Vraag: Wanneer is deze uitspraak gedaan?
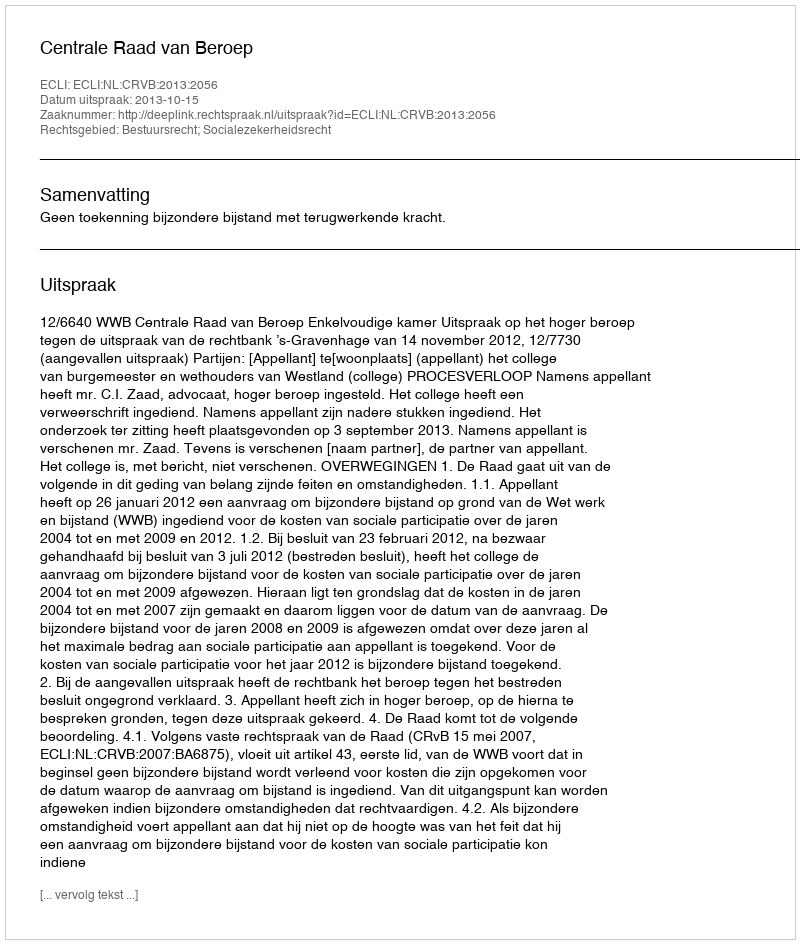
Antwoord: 2013-10-15